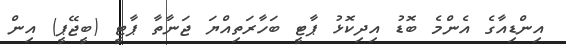
އިންޑިއާގެ އެންމެ ބޮޑު އިދިކޮޅު ޕާޓީ ބަހާރަތިއްޔަ ޖަނާތާ ޕާޓީ (ބީޖޭޕީ) އިން